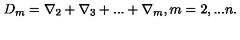
D _ { m } = \nabla _ { 2 } + \nabla _ { 3 } + . . . + \nabla _ { m } , m = 2 , . . . n .